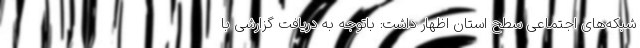
شبکه‌های اجتماعی سطح استان اظهار داشت: باتوجه به دریافت گزارشی با